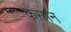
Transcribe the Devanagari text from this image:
कसान